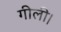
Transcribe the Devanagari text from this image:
गीली।